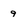
Character: 9